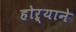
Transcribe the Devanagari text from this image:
होऱ्याने